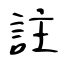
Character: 註